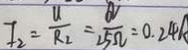
I _ { 2 } = \frac { U } { R _ { 2 } } = \frac { 6 V } { 2 5 \Omega } = 0 . 2 4 A